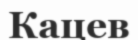
Кацев